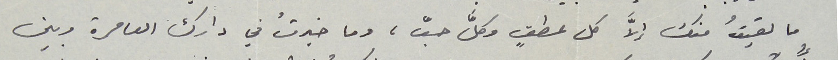
ما لقيتُ منك إلا كل عطفٍ وكلَّ حبّ، وما خبرتُ في دارك العامرة وبين